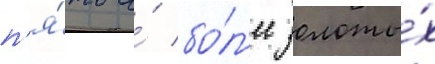
п'я́ть и́ бо́л'ее золоты́х